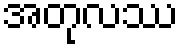
အတုလဿ